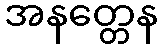
အနတ္တေန